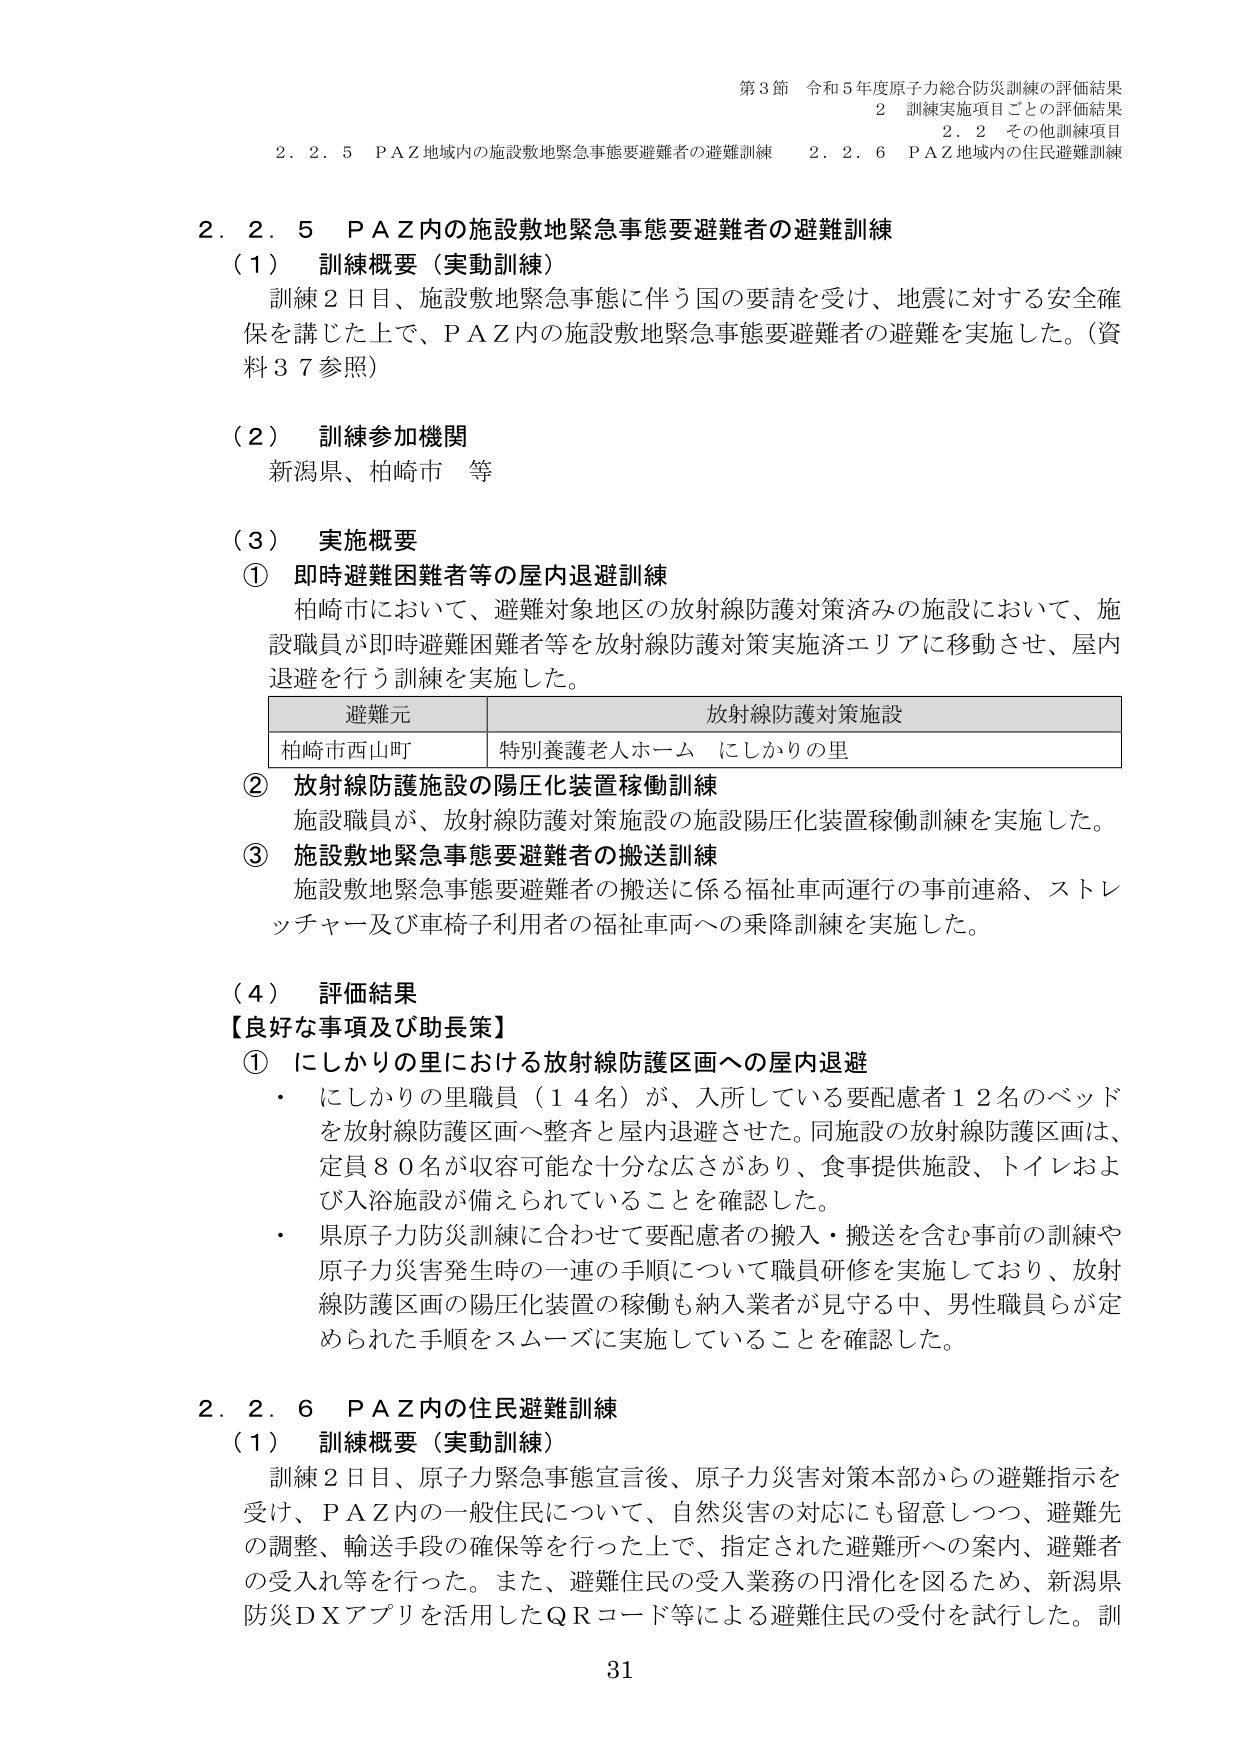
第3節 令和5年度原子力総合防災訓練の評価結果
2 訓練実施項目ごとの評価結果
2.2 その他訓練項目
2.2.5 PAZ地域内の施設敷地緊急事態要避難者の避難訓練
2.2.6 PAZ地域内の住民避難訓練

2.2.5 PAZ内の施設敷地緊急事態要避難者の避難訓練
（1） 訓練概要（実動訓練）
訓練2日目、施設敷地緊急事態に伴う国の要請を受け、地震に対する安全確保を講じた上で、PAZ内の施設敷地緊急事態要避難者の避難を実施した。（資料37参照）

（2） 訓練参加機関
新潟県、柏崎市 等

（3） 実施概要
① 即時避難困難者等の屋内退避訓練
柏崎市において、避難対象地区の放射線防護対策済みの施設において、施設職員が即時避難困難者等を放射線防護対策実施済エリアに移動させ、屋内退避を行う訓練を実施した。

| 避難元 | 放射線防護対策施設 |
|---------|---------------------|
| 柏崎市西山町 | 特別養護老人ホーム にしかりの里 |

② 放射線防護施設の陽圧化装置稼働訓練
施設職員が、放射線防護対策施設の施設陽圧化装置稼働訓練を実施した。

③ 施設敷地緊急事態要避難者の搬送訓練
施設敷地緊急事態要避難者の搬送に係る福祉車両運行の事前連絡、ストレッチャー及び車椅子利用者の福祉車両への乗降訓練を実施した。

（4） 評価結果
【良好な事項及び助長策】
① にしかりの里における放射線防護区画への屋内退避
・ にしかりの里職員（14名）が、入所している要配慮者12名のベッドを放射線防護区画へ整斉と屋内退避させた。同施設の放射線防護区画は、定員80名が収容可能な十分な広さがあり、食事提供施設、トイレおよび入浴施設が備えられていることを確認した。
・ 県原子力防災訓練に合わせて要配慮者の搬入・搬送を含む事前の訓練や原子力災害発生時の一連の手順について職員研修を実施しており、放射線防護区画の陽圧化装置の稼働も納入業者が見守る中、男性職員らが定められた手順をスムーズに実施していることを確認した。

2.2.6 PAZ内の住民避難訓練
（1） 訓練概要（実動訓練）
訓練2日目、原子力緊急事態宣言後、原子力災害対策本部からの避難指示を受け、PAZ内的一般住民について、自然災害の対応にも留意しつつ、避難先の調整、輸送手段の確保等を行った上で、指定された避難所への案内、避難者の受入れ等を行った。また、避難住民の受入業務の円滑化を図るため、新潟県防災DXアプリを活用したQRコード等による避難住民の受付を試行した。訓

31